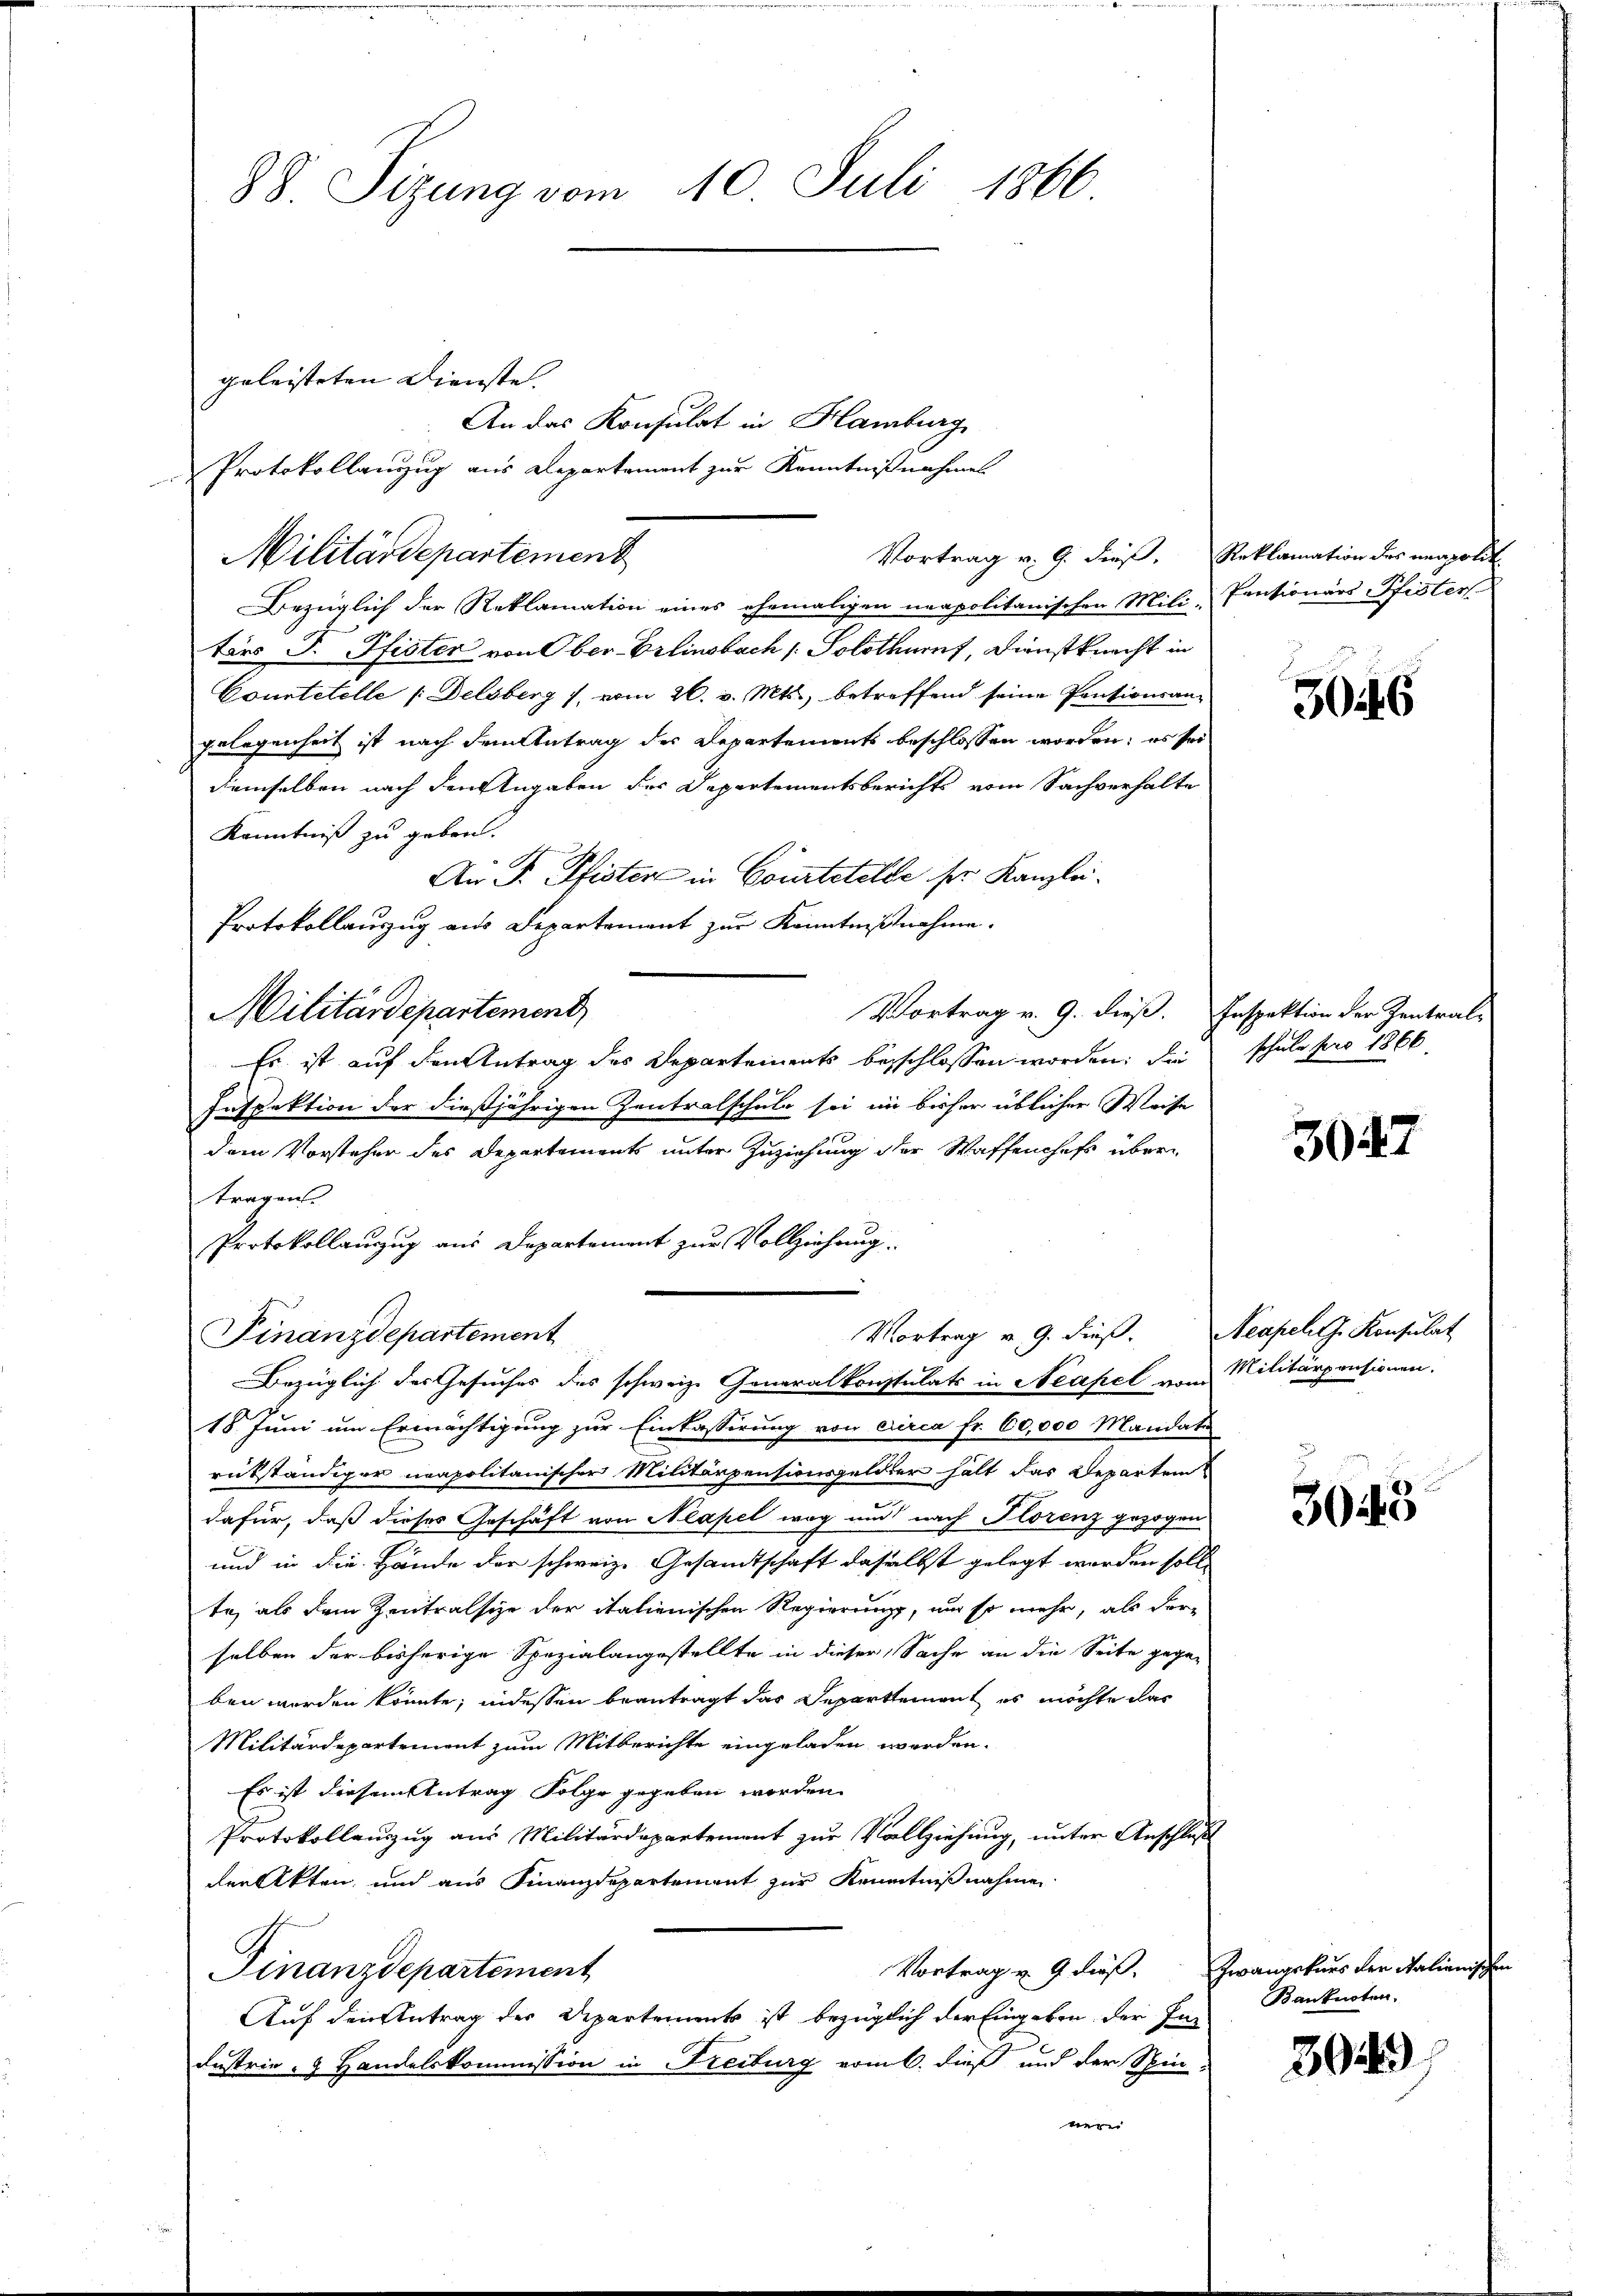
geleisteten Dienste. |
Militärdepartement

88. Sizung vom 110. Juli 1866

An das Konsulat in Hamburg
Protokollanzug aus Departement zur Kenntnißnahmel

Bezüglich der Reklamation eines ehemaligen neapolitanischen Mili-
tärs F. Pfister von Ober-Erlinsbach Solothurnt, Dienstknecht in
Courtetelle (Delsberg / vom 20. v. Mts., betreffend seine Pontionsangelegenheit ist nach dem Antrag des Departements beschlossen worden; es sei
demselben nach den Angaben der Departementsberichts vom Sachverhalte
Kenntniß zu geben.
An F. Pfister in Courtstelle pr. Kanzlei.
Protokollaŭszŭg aŭs Departement zŭr Kenntniβnahme.
Vortrag v. 9. dieß.
Militärdepartement,
Es ist auf den Antrag des Departements besschlossen worden; die
Inspektion der dießjährigen Zentralschuld sei im bisher üblicher Weise
dem Vorsteher des Departements unter Zuziehung der Waffenhaft übertragen.
Protokollanzug aus Departement zur Vollziehung.
Vortrag v. 9. dieß.
Finanzdepartement
Bezüglich des Gesuches des schweiz. Generalkonstulats in Neapel vom Militärpensionen.
18. Juni um Ermächtigung zur Einlasserung von circa Fr. 60,000 Mandate
rükständiger neapolitanischer Militärpensionsgelder halt das Reparten
dafür, daß dieses Geschäft von Neapel weg und nach Horenz gezogen
und in die Hände der schweiz. Gesamtschaft daselbst gelegt worden solle
te, als dem Zentralsize der italienischen Regierung, nur so mehr, als dor-
selben der bisherige Spezialangestellte in dieser Sache an die Seite gegeben werden könnte, indessen beantragt dar Departement es möchte das
Militärdepartement zum Mitberichte eingeladen werden.
Es ist diesem Antrag Folge gegeben worden.
Protokollauszug aus Militärdepartement zur Vollziehung, unter Anschluß
den Akten, und aus Finanzdepartement zur Kenntnißnahme
Vortrag u. 9 dieß.
Finanzdepartement
Auf den Antrag der Departements ist bezüglich der Eingaben der Fin
dustrie- & Handelskommission in Freiburg vom 6. dieß und der Spin-
nerei

Vortrag v. 9. dieß. Reklamation des neapolit

Pensionars Pfister

3046

Inspektion der Zentralschule pro 1866

3047

Neapel lJ. Konsulat

3045

zwangskurs der Salianisch
Banknoten.

39